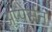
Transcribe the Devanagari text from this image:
अप्पेर्सन